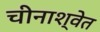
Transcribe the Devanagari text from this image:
चीनाश्वेत